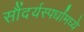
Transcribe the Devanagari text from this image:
सौंदर्यस्पर्धांमध्ये